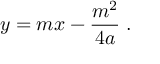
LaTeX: \ y = m x - { \frac { m ^ { 2 } } { 4 a } } \; .